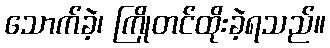
သောက်ခဲ့၊ ကြိုတင်ထိုးခဲ့ရသည်။